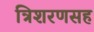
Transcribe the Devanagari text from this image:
त्रिशरणसह